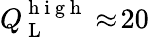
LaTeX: Q_{\mathrm{~L~}}^{\mathrm{~h~i~g~h~}}\approx\! 20